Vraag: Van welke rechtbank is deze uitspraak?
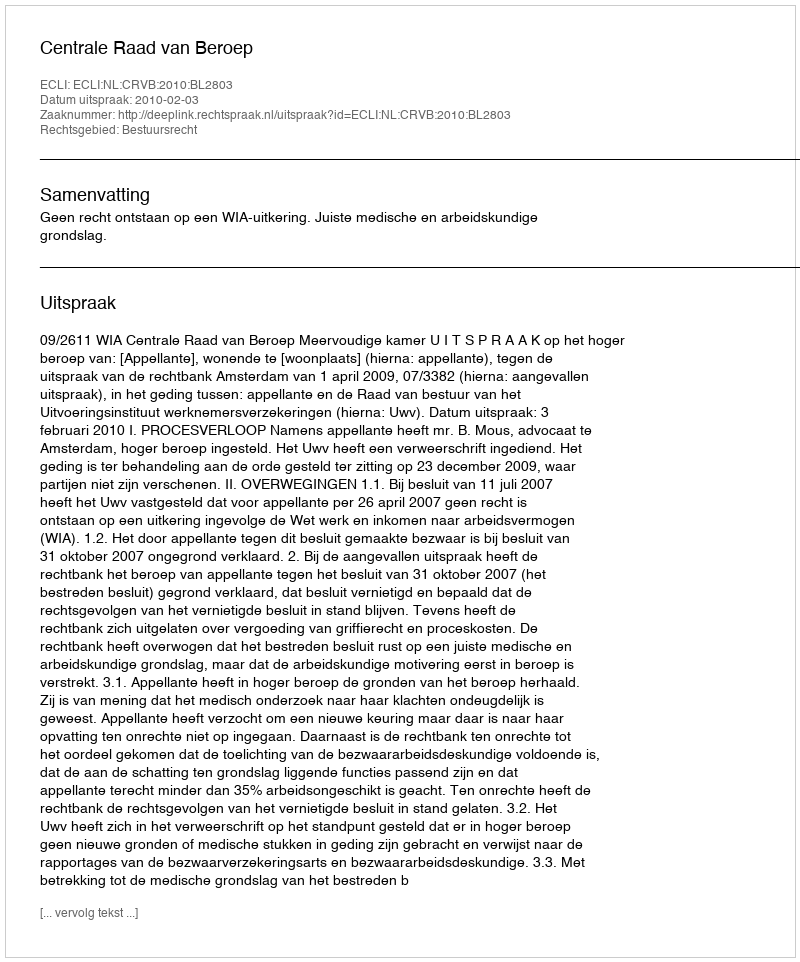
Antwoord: Centrale Raad van Beroep